Papers set at the Examination for Leaving Certificates, 1893
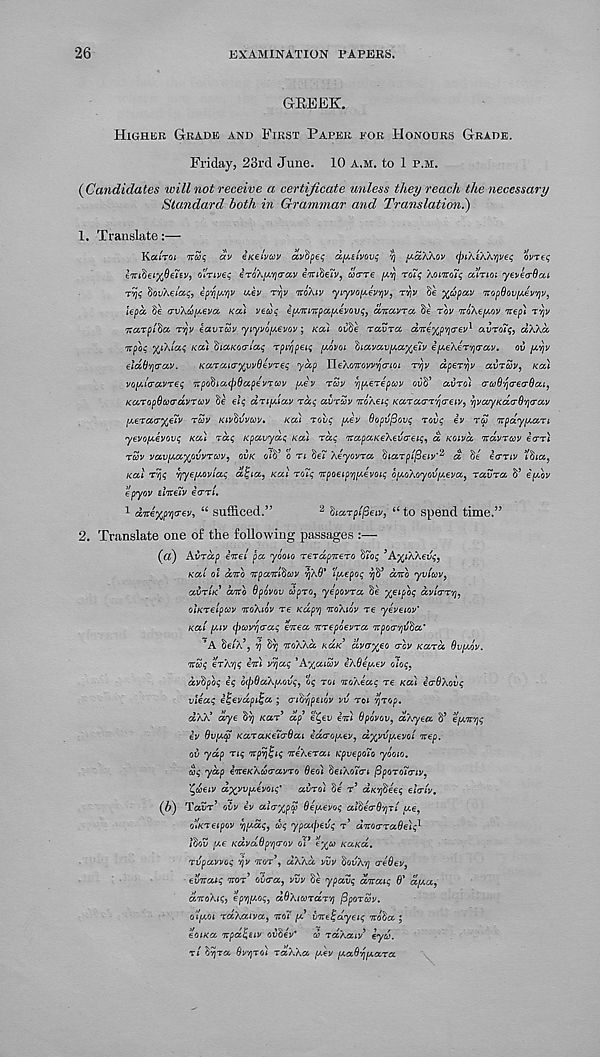
26
EXAMINATION PAPERS.
GREEK.
HIGHER GRADE AND FIRST PAPER EOR HONOURS GRADE.
Friday, 23rd June. 10 A.M. to 1 P.M.
(Candidates will not receive a certificate unless they reach the necessary
Standard both in Grammar and Translation.)
1. Translate:—
Ka/roi
av inelvuv avftpei; CC/AEIVOVI; Y) paXhov (fttAEWvjvei; ovret;
I'KifoeiyJieiEv, o'lnveq iroX^(rav eTuSen/, uerre [XY\ rot<; Xoinoiq alrioi yeveoScu
Tyjg SouXe/a^, ip'^'/jv uev ryv noXiv yt'yvo/x.eV/jv, TYjV §e xupav nopOoviAev'/jV)
kpcc 8e (rv\a)[A€va, Kcti vean; e^Tti'Kpccfivov<; i antavra $e rov TroXe/xov nep) r^v
Tcccrpihcc rvjv eavTuv yiyvopevov; KCCI oi/§e TCCVTCC aTre^p^crev 1 avroTi;, dXKcc
%pM %iX/a<; Koi ’diaKOcri'ccq rp^pei<; fivot havccv^ccx^v e/xeXer^crav. ov
eldto'fjO’ccv.
KaTcua-xvvSevreq yap HeXoirov^crioi T'/jv dpeTY/v avrav, KOI
vo[/.t(ruvTe<; irpo^iacpdapev'vcov [A£V TUV vj^erepcov ouS’ avrol artod'/jcreo-Oat,
KaropOuadvrcov Se elq driy.iav rd<; avrcov iroACiq Karacn'/jcrew, yvayKacrO'/icrav
/yteTacr%€iV rSv KIV^VVCOV,
Kai rovq y.ev 6opv(3ov<; rovq £v rS Ttpdy^ari
yevoy.€VOv<; KOI
Kpavyat; Kcti rdq 'irapaKe'hevo-eH;, d KOIVCC Tcdvruv eerr*
TWV vav(/.a%ovvTtoV, OVK oiff o ri Se? Xeyovra dtaTpi/Seiv' 21 d Se ecriv t%a,
Kai Tvj<; YjyefAOviai; di;ia, Kai rot; Ttpaeip^fivon; o^oXoyov[^eva f ravra S’ epcov
epyov elnreiv eerr/.
1 dire%pYi<r€v, u SU^fiLCed. ,,
2 diarpifieiv, “ to spend time.”
2. Translate one of the following passages :—•
(a) Avrdp €TT€i pa yooio rerdpireTO Siog ’Ay^iWevt;,
Kai ol dito irpaivl^cov
I'pepoi;
dnto yviwv,
avr'iK dno dpovov capTO, yepovra 5e %eipoq dvlcrT'/j,
olKrelpcov TTOXIOV re KapY] moXiov re yeveiov’
Kai (AIV (pcov'/](7aq enrea itrepoevra Trpoa-'/jtida’
’A Se/X 5 , ' /?
iroXkd KaK dvaxeo <TGV Kara Ovpov.
Ytux; €TXY)<; in) VY\a<; 'A%aicov eXOey.ey oloq.
dydpog it; o(J)6aX[/.ovq, oq roi noXeaq re KU) icrOXovq
vleaq i^evdp^a ; cndqpEtov w roi Yjrop.
dXX 3 dye $YJ Kar 9 dp 1 e^ev in) Opovov, aXyea S’ ean^q
iv 6vtj.q) KaraKeicrOai ida-o^ev, dxvv[/.evoi nep.
ov yap rig npygig neXerai KpvepoTo yooio.
cog yap ineKXcoravro 6eo) heiXoTtri (3poro7<riv,
'^aeiv axw^Evoig' avroi §6 r’ aKY^eeq elcriv,
(b) Tavr’ ovv iv al&%pcp Oepevoq alde<r6Y]Ti pe,
o’lKreipov YJi^dg, ug ypa(pevq r’ dnorrade'iq 1
idov pe KavaOp^rov oi* e^u KaKa.
rvpavvog yv nor’, dXXd vvv dovX'/j creOev,
evnatg nor ov<ra, vvv Se ypavq dnaig S' d^a,
dnoXig^ epYjfAog, dOXtcordr'/j (3por£v.
o'i[xoi rd,Xaiva, not pd vneigdyeiq nota ;
eoiKa npd^eiv ovhev' d> rdXaiv’ iyco.
ri S'^Ta Sv/jro) raXXa (MV pca^^pcara